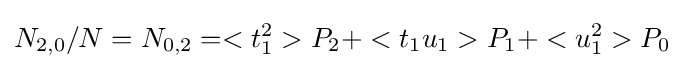
N_{2,0}/N=N_{0,2}=<t_{1}^{2}>P_{2}+<t_{1}u_{1}>P_{1}+<u_{1}^{2}>P_{0}